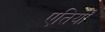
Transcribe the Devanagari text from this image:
एतियाँ